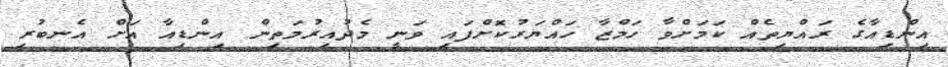
އިންޑިއާގެ ރައްޔިތެއް ކަމަށްވާ ހަމްޒާ ހައްޔަރުކޮށްފައި ވަނީ މެދުއިރުމަތިން އިންޑިއާ އަށް އެނބުރި